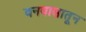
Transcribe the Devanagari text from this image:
वनवासातून